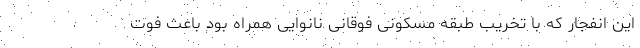
این انفجار که با تخریب طبقه مسکونی فوقانی نانوایی همراه بود باعث فوت